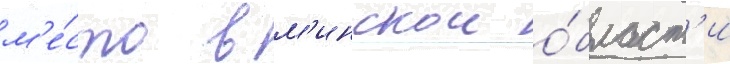
м'е́сто в м'инскои о́бласт'и